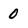
Character: 0